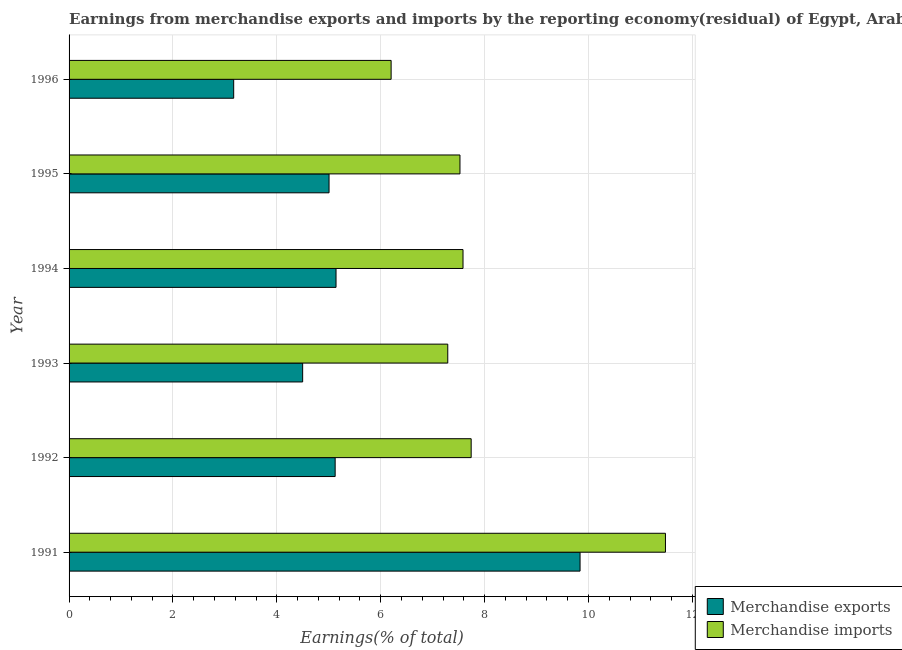
| Year | Merchandise exports | Merchandise imports |
 | --- | --- | --- |
 | 1991 | 9.84 | 11.5 |
 | 1992 | 5.12 | 7.74 |
 | 1993 | 4.5 | 7.29 |
 | 1994 | 5.14 | 7.58 |
 | 1995 | 5.01 | 7.53 |
 | 1996 | 3.17 | 6.2 |